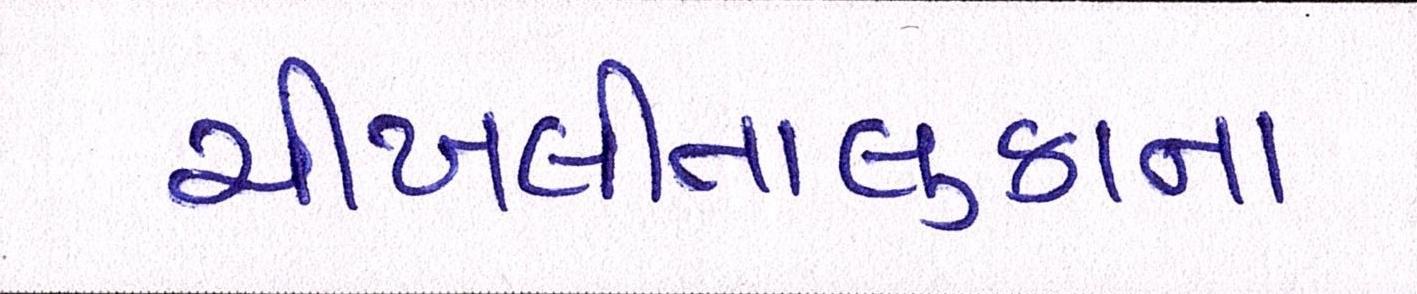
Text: ચીખલીતાલુકાના